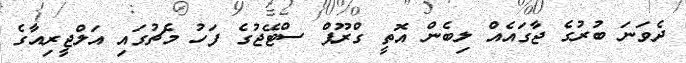
ދެވަނަ ބުރުގެ ޖާގައެއް ލިބެން އޮތީ ގްރޫޕް ސްޓޭޖުގެ ފަހު މެޗުގައި އަލްޖީރިއާގެ